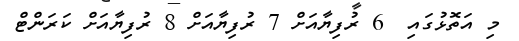
މި އަތޮޅުގައި  6 ރުފިޔާއަށް 7 ރުފިޔާއަށް 8 ރުފިޔާއަށް ކަރަންޓް